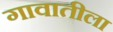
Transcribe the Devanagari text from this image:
गावातीला